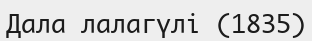
Дала лалагүлі (1835)